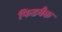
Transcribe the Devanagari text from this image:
फिडबैक